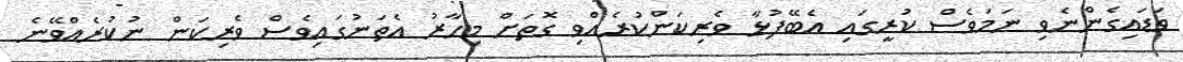
ވަޑައިގެންނެވި ނަމަވެސް ކުރީގައި އެބޭފުޅާ ވެރިކަންކުރެއްވި ގޮތަށް މިހާރު އެތަނުގައިވެސް ވެރިކަން ނުކުރެއްވޭނެ